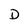
Character: D